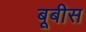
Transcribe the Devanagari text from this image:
बूबीस